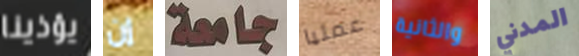
يؤذينا إن جامعة عمليا والثانية المدني